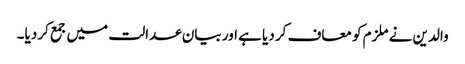
والدین نے ملزم کو معاف کر دیا ہے اور بیان عدالت میں جمع کر دیا۔